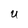
Character: U